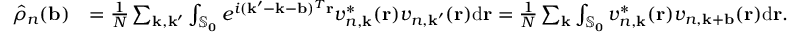
\begin{array} { r l } { \hat { \rho } _ { n } ( \mathbf { b } ) } & { = \frac { 1 } { N } \sum _ { \mathbf { k } , \mathbf { k } ^ { \prime } } \int _ { \mathbb { S } _ { \mathbf { 0 } } } e ^ { i ( \mathbf { k } ^ { \prime } - \mathbf { k } - \mathbf { b } ) ^ { T } \mathbf { r } } v _ { n , \mathbf { k } } ^ { * } ( \mathbf { r } ) v _ { n , \mathbf { k } ^ { \prime } } ( \mathbf { r } ) \mathrm { d } \mathbf { r } = \frac { 1 } { N } \sum _ { \mathbf { k } } \int _ { \mathbb { S } _ { \mathbf { 0 } } } v _ { n , \mathbf { k } } ^ { * } ( \mathbf { r } ) v _ { n , \mathbf { k } + \mathbf { b } } ( \mathbf { r } ) \mathrm { d } \mathbf { r } . } \end{array}